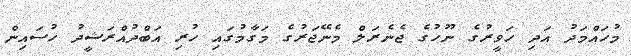
މުހައްމަދު އަދި ހަވީރުގެ ނޫހުގެ ޖެނެރަލް މެނޭޖަރުގެ މަގާމުގައި ހުރި އަބްދުއްރަޝީދު ހުސައިން